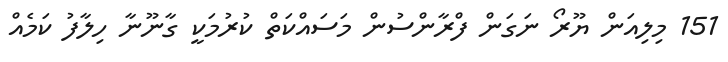
151 މިލިއަން ޔޫރޯ ނަގަން ފްރާންސުން މަސައްކަތް ކުރުމަކީ ގާނޫނާ ހިލާފު ކަމެއް